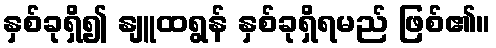
နှစ်ခုရှိ၍ နျူထရွန် နှစ်ခုရှိရမည် ဖြစ်၏။